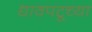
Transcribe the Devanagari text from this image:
धावपटूच्या